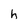
Character: h